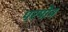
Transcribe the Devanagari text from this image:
परपोत्र